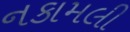
નકામલી